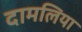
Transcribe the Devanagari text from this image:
दामलिया